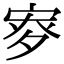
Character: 𡨨